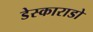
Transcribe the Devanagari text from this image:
डेस्काराडो